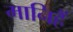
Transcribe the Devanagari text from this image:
मानिहैं